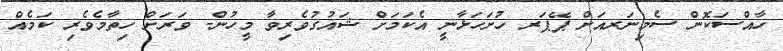
ހާއްސަކޮން ސެމިނަރއަށް ޕޭޕަރ ހުށަހަޅާނީ އެކަމަށް ޝައުގުވެރިވާ މީހުން- ވަރަށް ހިތާމެވެރި ކަމެއް